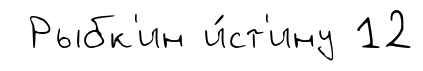
Рыбк'ин и́ст'ину 12